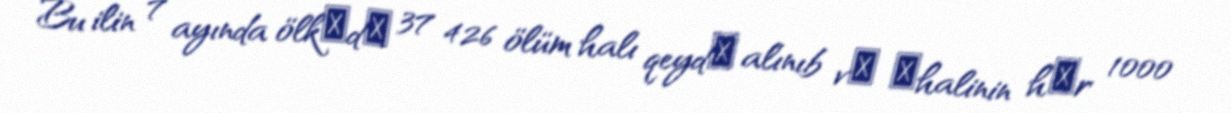
Bu ilin 7 ayında ölkәdә 37 426 ölüm halı qeydә alınıb vә әhalinin hәr 1000